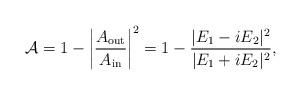
LaTeX: \begin{align*}{\cal A} = 1 - \left | {A_{\rm out} \over A_{\rm in} }\right |^2 =1-{{|E_1 - i E_2|^2} \over {|E_1 + i E_2|^2}},\end{align*}